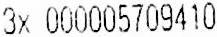
3X 000005709410